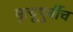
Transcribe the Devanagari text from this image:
मृत्यूपुर्वीच